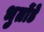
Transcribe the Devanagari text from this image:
भुतोंडे